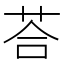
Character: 荅